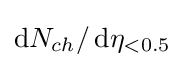
\operatorname {d} \!N_{ch}/\operatorname {d} \!\eta _{<0.5}